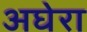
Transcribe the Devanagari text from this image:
अघेरा